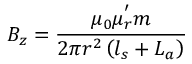
B _ { z } = \frac { \mu _ { 0 } \mu _ { r } ^ { ' } m } { 2 \pi r ^ { 2 } \left( l _ { s } + L _ { a } \right) }